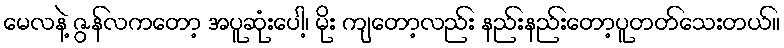
မေလနဲ့ ဇွန်လကတော့ အပူဆုံးပေါ့၊ မိုး ကျတော့လည်း နည်းနည်းတော့ပူတတ်သေးတယ်။